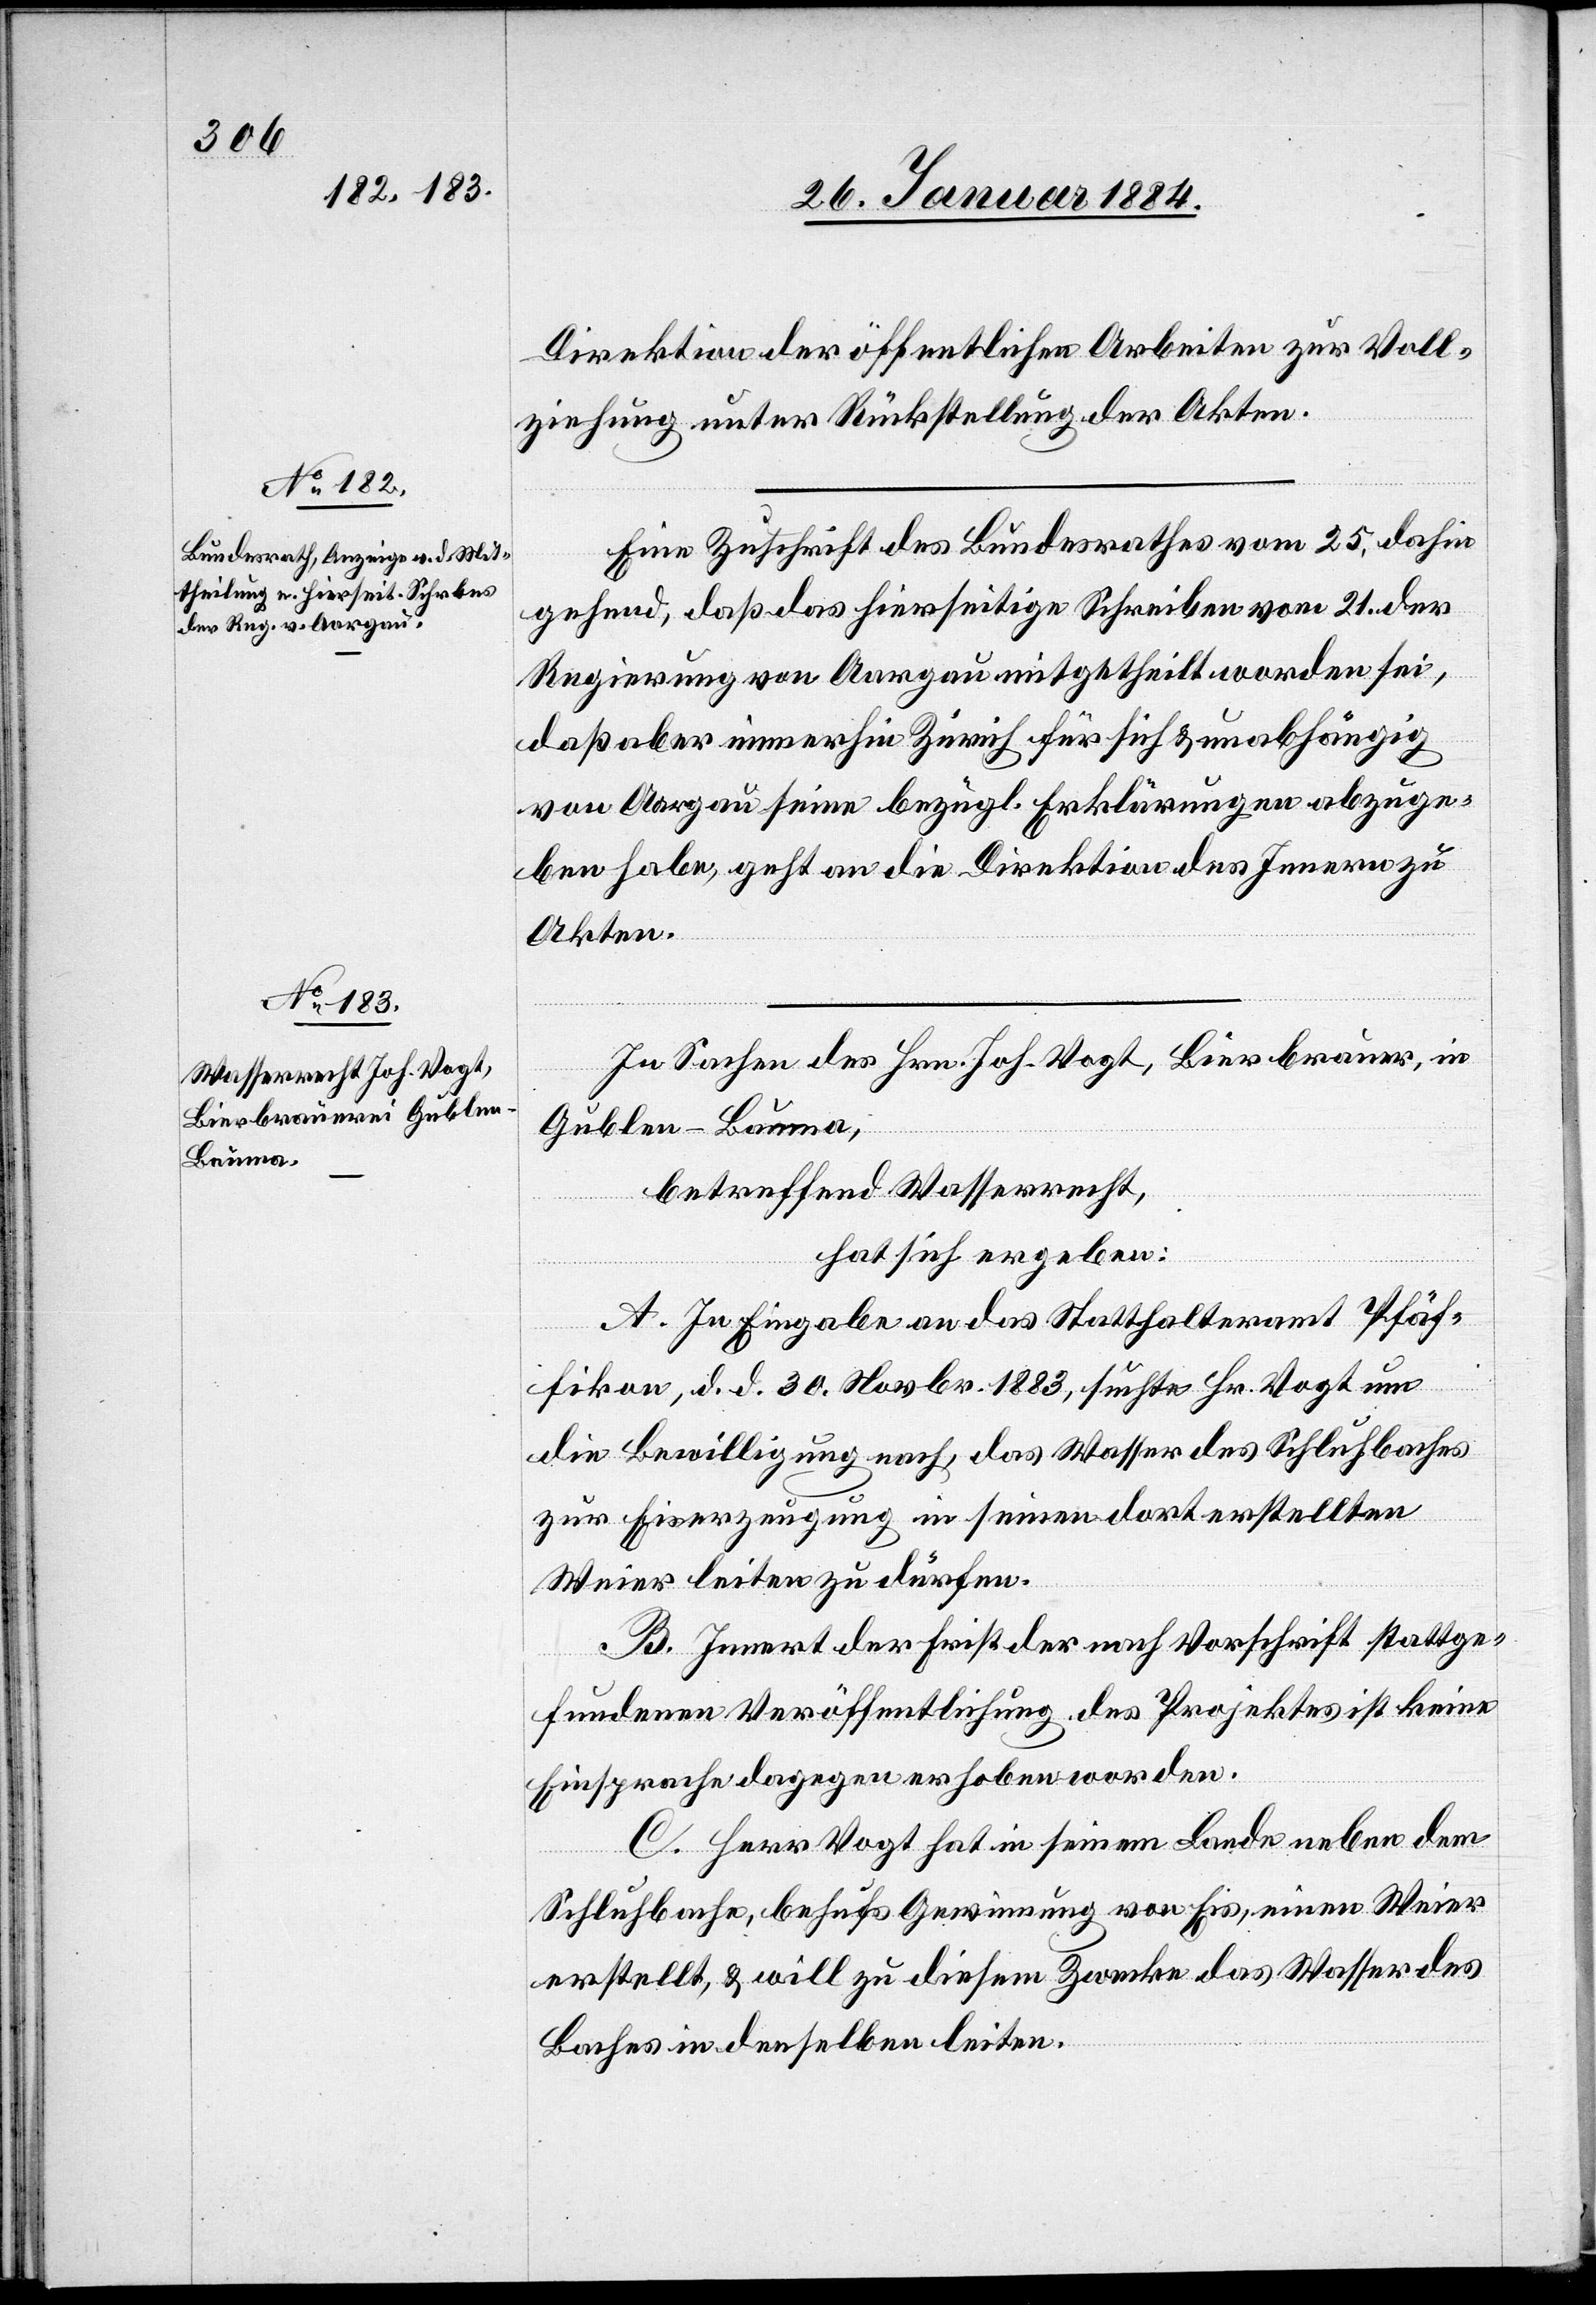
Direktion der öffentlichen Arbeiten zur Voll¬
ziehung unter Rückstellung der Akten.
Eine Zuschrift des Bundesrathes vom 25., dahin
gehend daß das hierseitige Schreiben vom 21. der
Regierung von Aargau mitgetheilt worden sei,
daß aber immerhin Zürich für sich & unabhängig
von Aargau seine bezügl. Erklärungen abzuge¬
ben habe, geht an die Direktion des Innern zu
Akten.
In Sachen des Hrn. Joh. Vogt, Bierbrauer, in
Gublen - Bauma,
betreffend Wasserrecht,
hat sich ergeben:
A. In Eingabe an das Statthalteramt Pfäf¬
fikon, d. d. 30. Novbr. 1883, suchte Hr. Vogt um
die Bewilligung nach, das Wasser des Schluhbaches
zur Eiserzeugung in seinen dort erstellten
Weier leiten zu dürfen.
B. Innert der Frist der nach Vorschrift stattge¬
fundenen Veröffentlichung des Projektes ist keine
Einsprache dagegen erhoben worden.
C. Herr Vogt hat in seinem Lande neben dem
Schluhbache, behufs Gewinnung von Eis, einen Weier
erstellt, & will zu diesem Zwecke das Wasser des
Baches in denselben leiten.